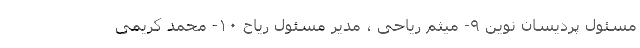
مسئول پردیسان نوین ۹- میثم ریاحی ، مدیر مسئول ریاح ۱۰- محمد کریمی